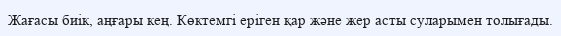
Жағасы биік, аңғары кең. Көктемгі еріген қар және жер асты суларымен толығады.